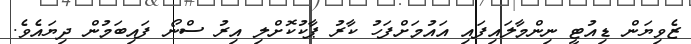
ޒެވިޔަން ޑިއުޓީ ނިންމާލައިފައި އައުމަށްފަހު ކާރު ޕާކުކޮށްލި އިރު ސްނޯ ފައިބަމުން ދިޔައެވެ.